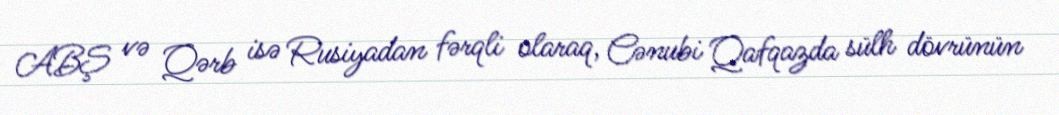
ABŞ və Qərb isə Rusiyadan fərqli olaraq, Cənubi Qafqazda sülh dövrünün